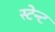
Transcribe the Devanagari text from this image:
स्टेन्ट